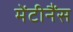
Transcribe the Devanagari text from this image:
मेंटीनैंस